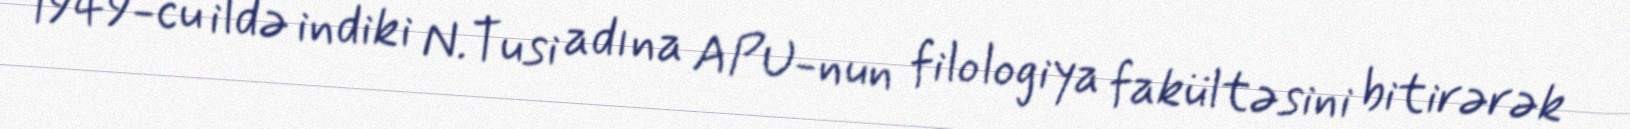
1949-cu ildə indiki N.Tusi adına APU-nun filologiya fakültəsini bitirərək